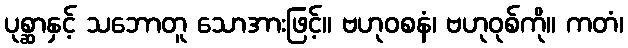
ပုစ္ဆာနှင့် သဘောတူ သောအားဖြင့်။ ဗဟုဝစနံ၊ ဗဟုဝုစ်ကို။ ကတံ၊